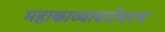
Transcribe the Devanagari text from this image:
महाकाव्याबरोबरच